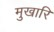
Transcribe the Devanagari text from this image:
मुखारि